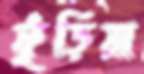
ফুঁড়িয়া